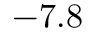
- 7 . 8